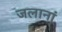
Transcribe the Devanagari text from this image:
जलानां